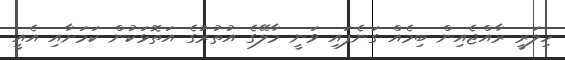
ހިލަރީ ރާއްޖެއިން ބިމެއް ގަނެފައި ވަނީ މާލޭގެ އުތުރުގެ އަތޮޅަކުން ކަމަށާއި އެއީ